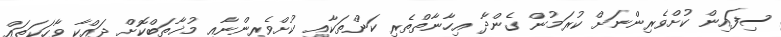
ސިފައިން ކުށްވެރިންނަށް ކުރަމުން ގެންދާ އިހާނާތްތެރި ކަންތަކާއި ކުށްވެރިންނާއި މުޚާތަބްކޮށް ދައްކާ ވާހަކަތައް